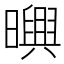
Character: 𣋱